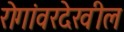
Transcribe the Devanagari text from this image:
रोगांवरदेखील